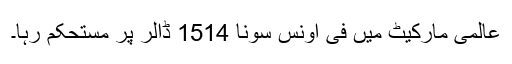
عالمی مارکیٹ میں فی اونس سونا 1514 ڈالر پر مستحکم رہا۔